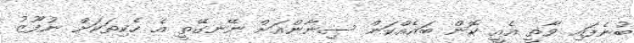
ބުނެފައި ވާތީ އެއީ ކޮން ބައެއްކަން ސިނާންއަށް ނޭނގޭތީ އެ ހެކިތަކަށް ނުފޫޒު